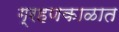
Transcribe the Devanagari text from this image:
ग्रहणकाळात